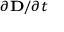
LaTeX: \scriptstyle \partial \mathbf { D } / \partial t